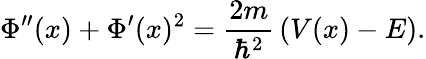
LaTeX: \Phi^{\prime\prime}(x)+\Phi^{\prime}(x)^{2}={\frac{2m}{\hbar^{2}}}\left(V(x)-E\right).